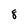
Character: 8